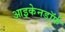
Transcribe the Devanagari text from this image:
आइकेनडॉर्फ